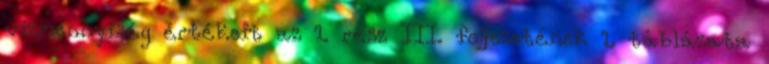
vízmennyiség értékeit az 1. rész III. fejezetének 1. táblázata